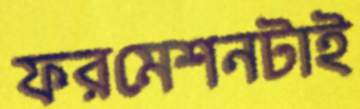
ফরমেশনটাই